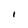
Character: 1